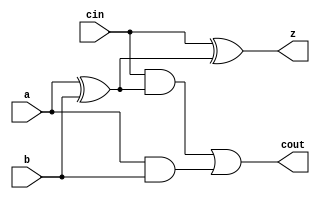
module yAdder1(z, cout, a, b, cin);

    output z, cout;
    input a, b, cin;
    wire tmp, outR, outL;

    xor left_xor(tmp, a, b);
    xor right_xor(z, cin, tmp);
    and left_and(outL, cin, tmp);
    and right_and(outR, a, b);
    or anOR(cout, outL, outR);

endmodule